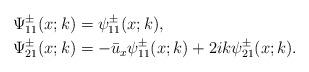
LaTeX: \begin{align*}&\Psi^\pm_{11}(x;k)=\psi^\pm_{11}(x;k),\\&\Psi^\pm_{21}(x;k)=-\bar{u}_x \psi^\pm_{11}(x;k)+ 2ik \psi^\pm_{21}(x;k).\end{align*}